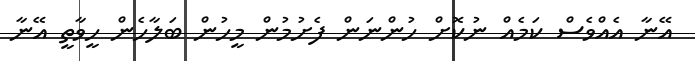
އޭނާ އެއްވެސް ކަމެއް ނުކޮށް ހުންނަން ފެށުމުން މީހުން ބަލާހެން ހީވާތީ އޭނާ